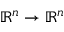
\mathbb { R } ^ { n } \to \mathbb { R } ^ { n }